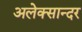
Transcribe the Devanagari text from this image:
अलेक्सान्दर